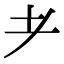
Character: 耂